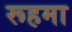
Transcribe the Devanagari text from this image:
रूहमा